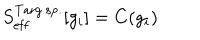
S _ { \mathrm { e f f } } ^ { \mathrm { T a r g . s p . } } [ g _ { i } ] = C ( g _ { i } )